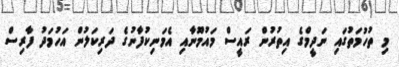
މި ތުހުމަތުގައި ނަދީމްގެ އިތުރުން ރައީސް މައުމޫނާއި އެމަނިކުފާނުގެ ދަރިކަލުން އަހުމަދު ފާރިސް